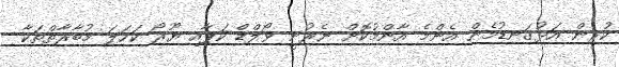
ކުރިން އަޅުގަނޑުމެން އެންމެ އާންމުކޮށް ނެރުނީ ވޯލްޑް ކަޕާއި ޔޫރޯ ކަހަލަ މުބާރާތްތަކާ